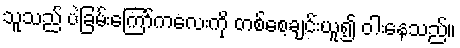
သူသည် ပဲခြမ်းကြော်ကလေးကို တစ်စေ့ချင်းယူ၍ ဝါးနေသည်။